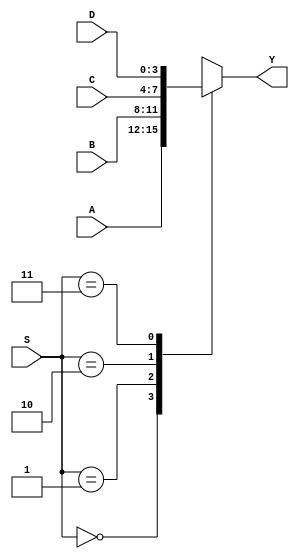
`timescale 1ns / 1 ps
`default_nettype none

module mux_4bit_4to1(Y,A,B,C,D,S);


    output reg [3:0] Y; // decalre output saved value
    input wire [3:0] A,B,C,D; // declare 4 bit input for mux
    input wire [1:0]S; // declare 2 bit chooser for mux
    
    
    always @(*) // at change in anything
    
    case(S) // case S is 0,1,2,3
    
        2'b00: Y = A; // S = 0
        2'b01: Y = B; // S = 1
        2'b10: Y = C; // S = 2
        2'b11: Y = D; // S = 3
        
    endcase
    
endmodule